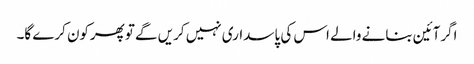
اگرآئین بنانے والے اس کی پاسداری نہیں کریں گے توپھرکون کرے گا۔